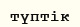
түптік